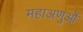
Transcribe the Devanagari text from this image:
महाअणुओं